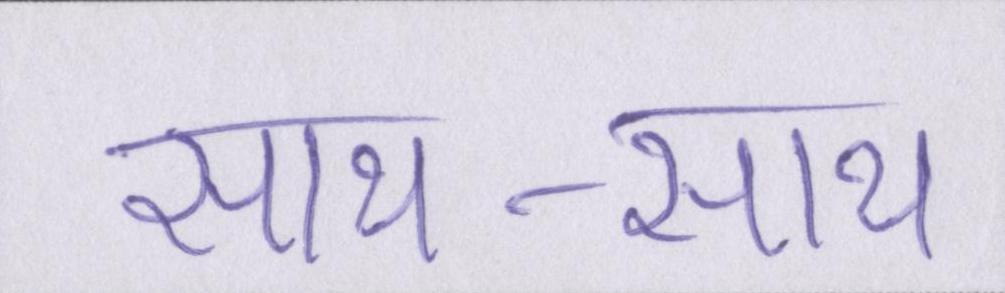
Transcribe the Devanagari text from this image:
साथ-साथ